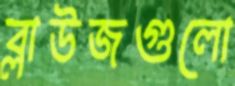
ব্লাউজগুলো